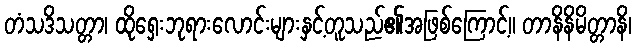
တံသဒိသတ္တာ၊ ထိုရှေးဘုရားလောင်းများနှင့်တူသည်၏အဖြစ်ကြောင့်။ တာနိနိမိတ္တာနိ၊